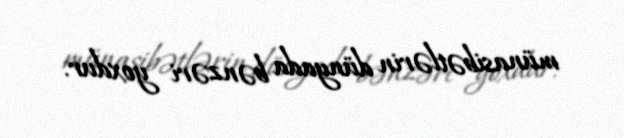
münasibətlərin dünyada bənzəri yoxdur.